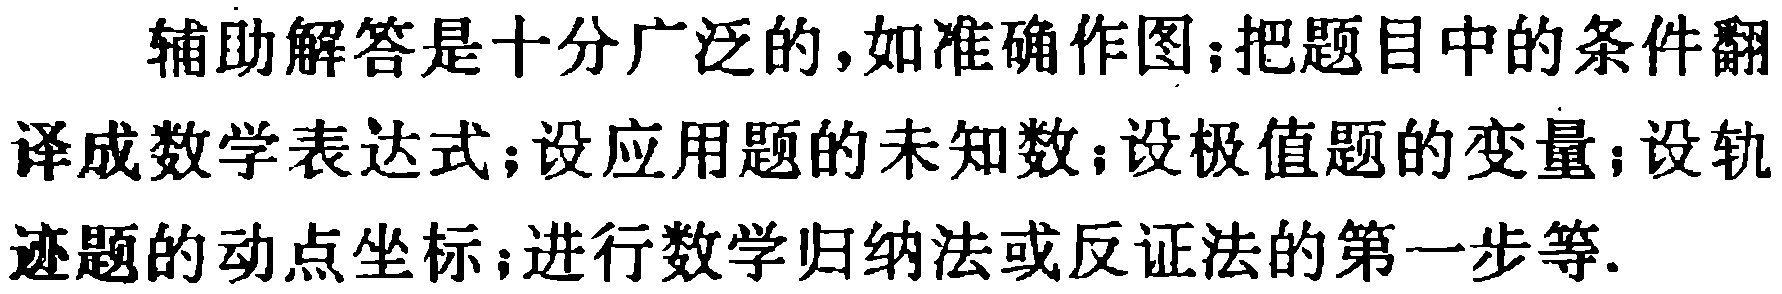
辅助解答是十分广泛的，如准确作图；把题目中的条件翻译成数学表达式；设应用题的未知数；设极值题的变量；设轨迹题的动点坐标；进行数学归纳法或反证法的第一步等.